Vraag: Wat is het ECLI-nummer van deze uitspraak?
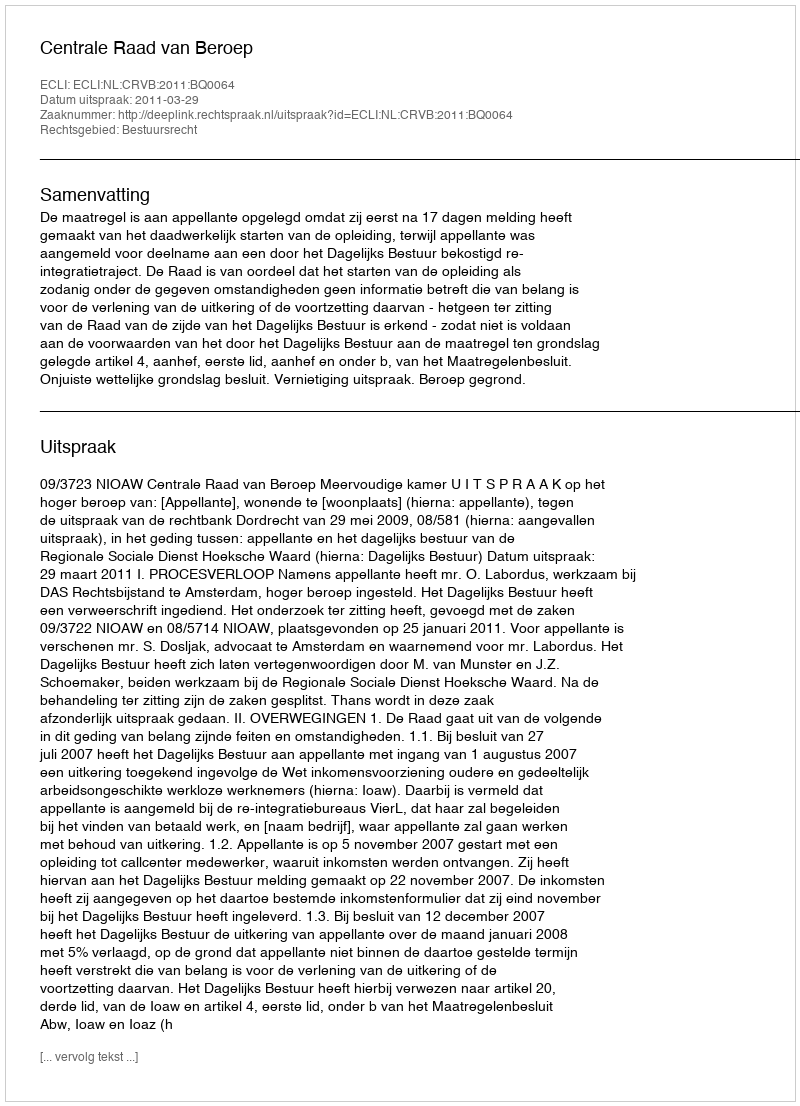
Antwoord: ECLI:NL:CRVB:2011:BQ0064